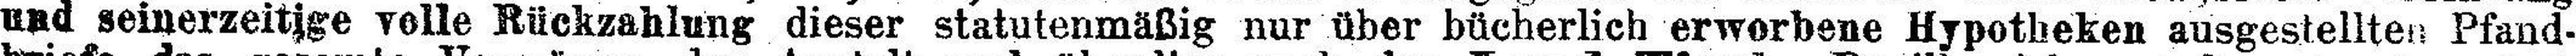
und seinerzeitige volle Rückzahlung dieser statutenmäßig nur über bücherlich erworbene Hypotheken ausgestellten Pfand¬